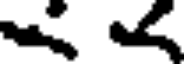
<